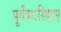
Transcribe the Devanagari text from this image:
पूर्वत्राऽसिद्धम्